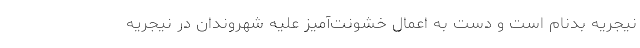
نیجریه بدنام است و دست به اعمال خشونت‌آمیز علیه شهروندان در نیجریه